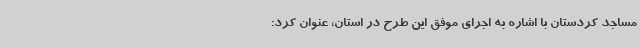
مساجد کردستان با اشاره به اجرای موفق این طرح در استان، عنوان کرد: